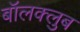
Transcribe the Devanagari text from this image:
बॉलक्लुब